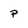
Character: p